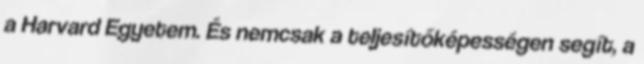
a Harvard Egyetem. És nemcsak a teljesítőképességen segít, a